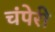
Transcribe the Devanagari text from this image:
चंपेरी